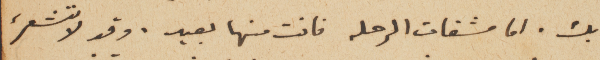
بك. اما مشقات الرحله فانت منها بعيد. وقد لا تشعر،